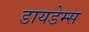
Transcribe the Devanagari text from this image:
डायडेम्स